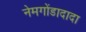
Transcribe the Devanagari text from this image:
नेमगोंडादादा